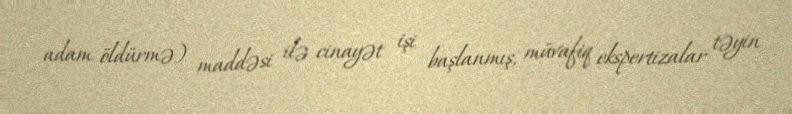
adam öldürmə) maddəsi ilə cinayət işi başlanmış, müvafiq ekspertizalar təyin